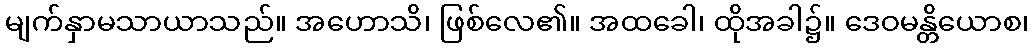
မျက်နှာမသာယာသည်။ အဟောသိ၊ ဖြစ်လေ၏။ အထခေါ၊ ထိုအခါ၌။ ဒေဝမန္တိယောစ၊